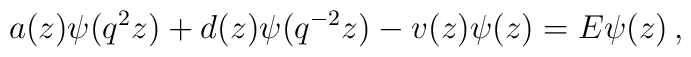
a(z)\psi (q^2 z)+d(z)\psi (q^{-2}z)-v(z)\psi (z)=E\psi (z)\,,